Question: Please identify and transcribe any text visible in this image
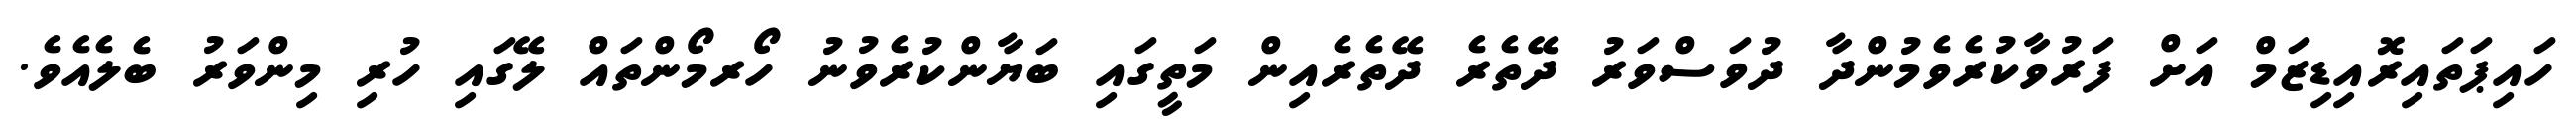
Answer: ހައިޕަތައިރޮއިޑިޒަމް އަށް ފަރުވާކުރެވެމުންދާ ދުވަސްވަރު ދޭތެރެ ދޭތެރެއިން މަތީގައި ބަޔާންކުރެވުނު ހޯރމޯންތައް ލޭގައި ހުރި މިންވަރު ބެލެއެވެ.